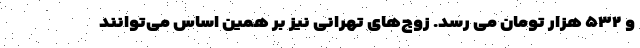
و ۵۳۲ هزار تومان می رسد. زوج‌های تهرانی نیز بر همین اساس می‌توانند